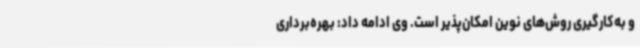
و به‌کارگیری روش‌های نوین امکان‌پذیر است. وی ادامه داد: بهره‌برداری